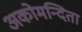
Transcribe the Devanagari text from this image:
अकोमन्दिता